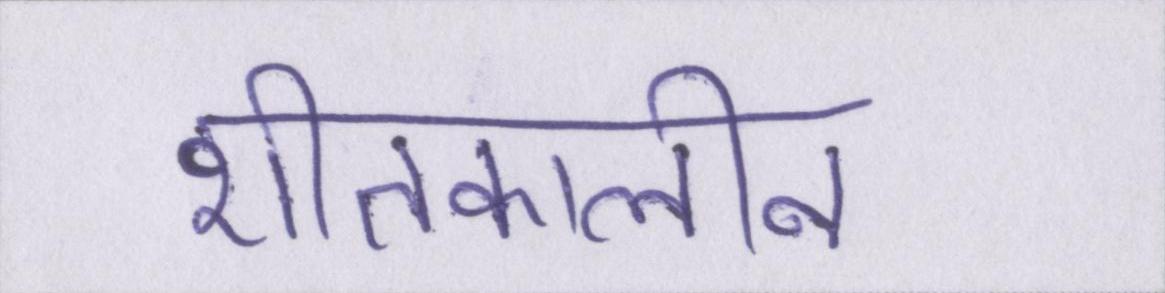
शीतकालीन